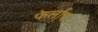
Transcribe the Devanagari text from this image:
फेर्लाच